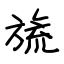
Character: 旒